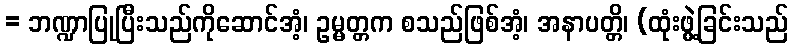
= ဘဏ္ဍာပြုပြီးသည်ကိုဆောင်အံ့၊ ဥမ္မတ္တက စသည်ဖြစ်အံ့၊ အနာပတ္တိ၊ (ထုံးဖွဲ့ခြင်းသည်